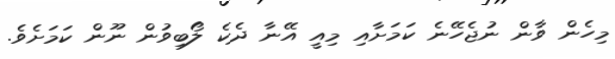
މިހެން ވާން ނުޖެހޭނެ ކަމަށާއި މިއީ އޭނާ ދެކެ ލޯބިވުން ނޫން ކަމަށެވެ.